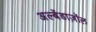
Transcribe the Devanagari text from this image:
अल्बेंडाज़ॉल